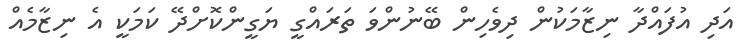
އަދި އުފައްދާ ނިޒާމަކުން ދިވެހިން ބޭނުންވަ ތަރައްގީ ޔަގީންކޮށްދޭ ކަމަކީ އެ ނިޒާމެއް